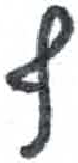
אות: ץ